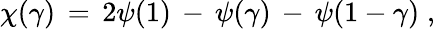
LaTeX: \chi(\gamma)\, =\, 2\psi(1)\, -\, \psi(\gamma)\, -\, \psi(1-\gamma)\; ,